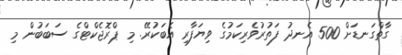
ގާތްގަނޑަށް 500 އެނދު ފަތުރުވެރިކަމުގެ ވިޔަފާރި އެބަކުރޭ. މި ޕްރޮޖެކްޓްގެ ސަބަބުން މި